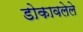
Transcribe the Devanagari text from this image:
डोकावलेले